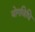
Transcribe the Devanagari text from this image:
योगविधि